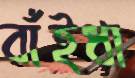
বাঁইধা